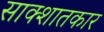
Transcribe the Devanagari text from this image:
साक्शातकार